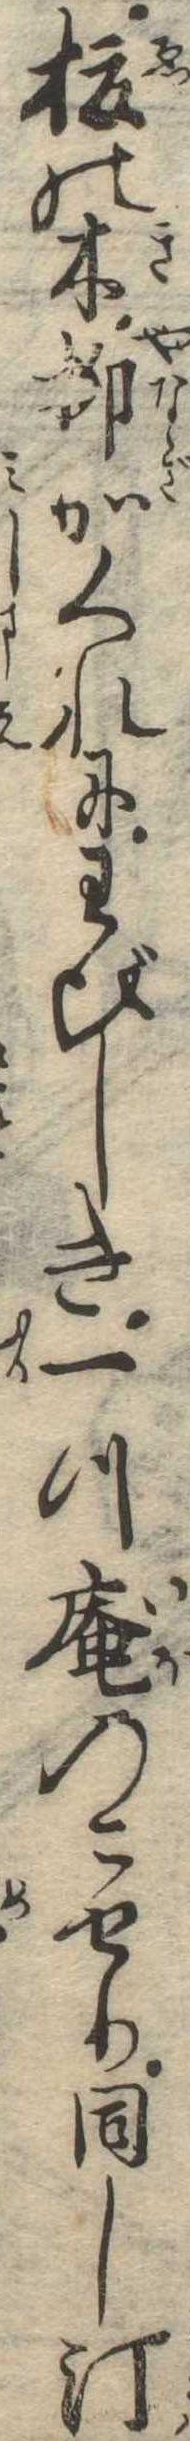
榎の木柳かくれにわびしき一つ庵のこせり同し汀